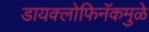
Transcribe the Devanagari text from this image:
डायक्लोफिनॅकमुळे